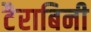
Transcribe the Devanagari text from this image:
टैराबिनी